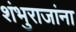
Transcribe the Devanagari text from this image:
शंभुराजांना